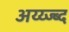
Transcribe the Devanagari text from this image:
अय्य्ज्ब्द